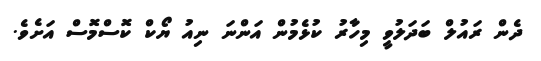
ދެން ރައުލް ބަދަލުވީ މިހާރު ކުޅެމުން އަންނަ ނިއު ޔޯކް ކޮސްމޮސް އަށެވެ.